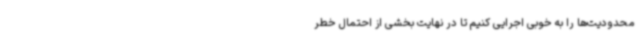
محدودیت‌ها را به خوبی اجرایی کنیم تا در نهایت بخشی از احتمال خطر